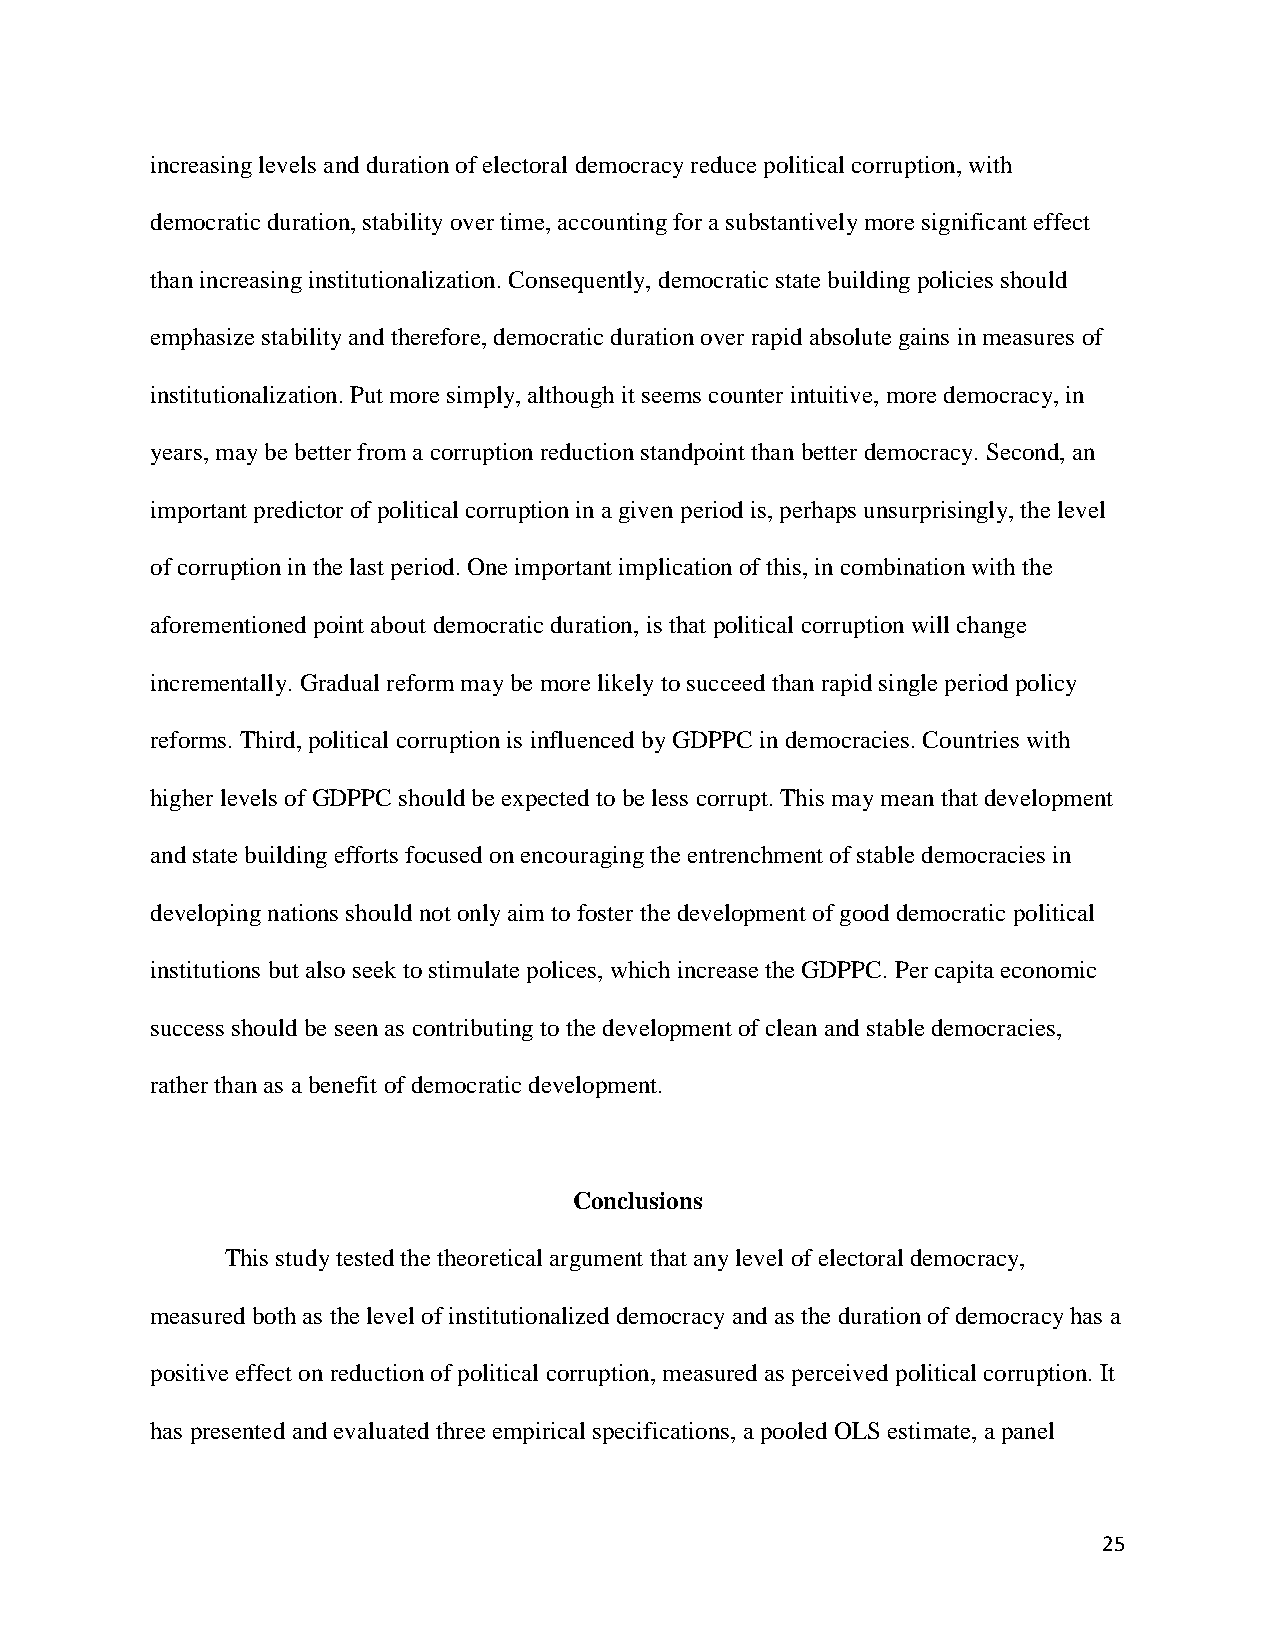
increasing levels and duration of electoral democracy reduce political corruption, with
 democratic duration, stability over time, accounting for a substantively more significant effect
 than increasing institutionalization. Consequently, democratic state building policies should
 emphasize stability and therefore, democratic duration over rapid absolute gains in measures of
 institutionalization. Put more simply, although it seems counter intuitive, more democracy, in
 years, may be better from a corruption reduction standpoint than better democracy. Second, an
 important predictor of political corruption in a given period is, perhaps unsurprisingly, the level
 of corruption in the last period. One important implication of this, in combination with the
 aforementioned point about democratic duration, is that political corruption will change
 incrementally. Gradual reform may be more likely to succeed than rapid single period policy
 reforms. Third, political corruption is influenced by GDPPC in democracies. Countries with
 higher levels of GDPPC should be expected to be less corrupt. This may mean that development
 and state building efforts focused on encouraging the entrenchment of stable democracies in
 developing nations should not only aim to foster the development of good democratic political
 institutions but also seek to stimulate polices, which increase the GDPPC. Per capita economic
 success should be seen as contributing to the development of clean and stable democracies,
 rather than as a benefit of democratic development.
 Conclusions
 This study tested the theoretical argument that any level of electoral democracy,
 measured both as the level of institutionalized democracy and as the duration of democracy has a
 positive effect on reduction of political corruption, measured as perceived political corruption. It
 has presented and evaluated three empirical specifications, a pooled OLS estimate, a panel
 25